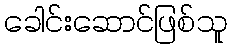
ခေါင်းဆောင်ဖြစ်သူ